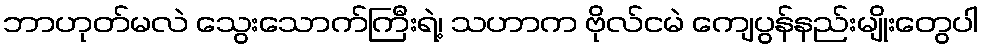
ဘာဟုတ်မလဲ သွေးသောက်ကြီးရဲ့၊ သဟာက ဗိုလ်ငမဲ ကျေပွန်နည်းမျိုးတွေပါ